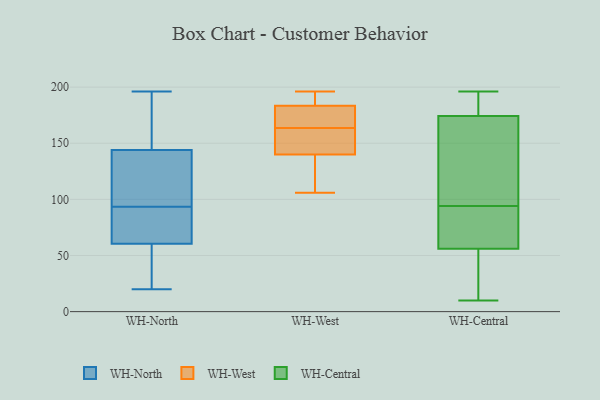
{"axis": {"x": "Website Visitors", "y": "Value"}, "legend": ["WH-Central", "WH-North", "WH-West"], "data": [{"x": "", "y": 103, "type": "WH-North"}, {"x": "", "y": 100, "type": "WH-North"}, {"x": "", "y": 149, "type": "WH-North"}, {"x": "", "y": 139, "type": "WH-North"}, {"x": "", "y": 78, "type": "WH-North"}, {"x": "", "y": 186, "type": "WH-North"}, {"x": "", "y": 171, "type": "WH-North"}, {"x": "", "y": 173, "type": "WH-North"}, {"x": "", "y": 138, "type": "WH-North"}, {"x": "", "y": 55, "type": "WH-North"}, {"x": "", "y": 128, "type": "WH-North"}, {"x": "", "y": 38, "type": "WH-North"}, {"x": "", "y": 48, "type": "WH-North"}, {"x": "", "y": 66, "type": "WH-North"}, {"x": "", "y": 20, "type": "WH-North"}, {"x": "", "y": 23, "type": "WH-North"}, {"x": "", "y": 73, "type": "WH-North"}, {"x": "", "y": 196, "type": "WH-North"}, {"x": "", "y": 87, "type": "WH-North"}, {"x": "", "y": 71, "type": "WH-North"}, {"x": "", "y": 134, "type": "WH-West"}, {"x": "", "y": 145, "type": "WH-West"}, {"x": "", "y": 146, "type": "WH-West"}, {"x": "", "y": 167, "type": "WH-West"}, {"x": "", "y": 192, "type": "WH-West"}, {"x": "", "y": 185, "type": "WH-West"}, {"x": "", "y": 135, "type": "WH-West"}, {"x": "", "y": 106, "type": "WH-West"}, {"x": "", "y": 196, "type": "WH-West"}, {"x": "", "y": 165, "type": "WH-West"}, {"x": "", "y": 162, "type": "WH-West"}, {"x": "", "y": 182, "type": "WH-West"}, {"x": "", "y": 104, "type": "WH-Central"}, {"x": "", "y": 175, "type": "WH-Central"}, {"x": "", "y": 81, "type": "WH-Central"}, {"x": "", "y": 180, "type": "WH-Central"}, {"x": "", "y": 189, "type": "WH-Central"}, {"x": "", "y": 89, "type": "WH-Central"}, {"x": "", "y": 94, "type": "WH-Central"}, {"x": "", "y": 43, "type": "WH-Central"}, {"x": "", "y": 196, "type": "WH-Central"}, {"x": "", "y": 159, "type": "WH-Central"}, {"x": "", "y": 174, "type": "WH-Central"}, {"x": "", "y": 102, "type": "WH-Central"}, {"x": "", "y": 10, "type": "WH-Central"}, {"x": "", "y": 73, "type": "WH-Central"}, {"x": "", "y": 56, "type": "WH-Central"}, {"x": "", "y": 48, "type": "WH-Central"}, {"x": "", "y": 56, "type": "WH-Central"}]}